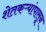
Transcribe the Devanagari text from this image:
शेतकऱ्यांपासून